Indian Medical Review
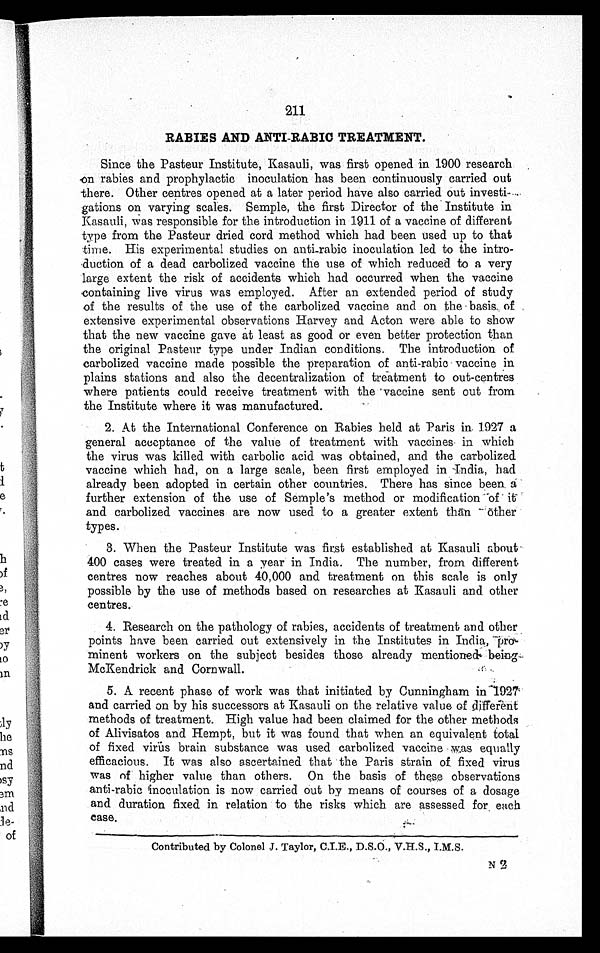
211
RABIES AND ANTI-RABIC TREATMENT.
Since the Pasteur Institute, Kasauli, was first opened in 1900 research
on rabies and prophylactic inoculation has been continuously carried out
there. Other centres opened at a later period have also carried ou
t investi-gations on varying scales. Semple, the first Director of the Institute in
Kasauli, was responsible for the introduction in 1911 of a vaccine of different
type from the Pasteur dried cord method which had been used up to that
time. His experimental studies on anti-rabic inoculation led to the intro-
-duction of a dead carbolized vaccine the use of which reduced to a very
large extent the risk of accidents which had occurred when the vaccine
containing live virus was employed. After an extended period of study
of the results of the use of the carbolized vaccine and on the basis of
extensive experimental observations Harvey and Acton were able to show
that the new vaccine gave at least as good or even better protection than
the original Pasteur type under Indian conditions. The introduction of
carbolized vaccine made possible the preparation of anti-rabic vaccine in
plains stations and also the decentralization of treatment to out-centres
where patients could receive treatment with the vaccine sent out from
the Institute where it was manufactured.
2. At the International Conference on Rabies held at Paris in 1927 a
general acceptance of the value of treatment with vaccines in which
the virus was killed with carbolic acid was obtained, and the carbolized
vaccine which had, on a large scale, been first employed in India, had
already been adopted in certain other countries. There has since been a
further extension of the use of Semple's method or modification of it
and carbolized vaccines are now used to a greater extent than Other
types.
3. When the Pasteur Institute was first established at Kasauli about
400 cases were treated in a year in India. The number, from different
centres now reaches about 40,000 and treatment on this scale is only
possible by the use of methods based on researches at Kasauli and other
centres.
4. Research on the pathology of rabies, accidents of treatment and other
points have been carried out extensively in the Institutes in India,
pro-minent workers on the subject besides those already mentioned being
McKendrick and Cornwall.
5.
A recent phase of work was that initiated by Cunningham in 1927
and carried on by his successors at Kasauli on the relative value of different
methods of treatment. High value had been claimed for the other methods
of Alivisatos and Hempt, but it was found that when an equivalent total
of fixed virus brain substance was used carbolized vaccine was equally
efficacious. It was also ascertained that the Paris strain of fixed virus
was of higher value than others. On the basis of these observations
anti-rabic inoculation is now carried out by means of courses of a dosage
and duration fixed in relation to the risks which are assessed for each
case.
Contributed by Colonel J. Taylor, C.I.E., D.S.O., V.H.S., I.M.S.
N 2